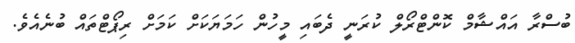
ބުސްރާ އައްޝާމް ކޮންޓްރޯލް ކުރަނީ ދެބައި މީހުން ހަމަޔަކަށް ކަމަށް ރިޕޯޓްތައް ބުނެއެވެ.